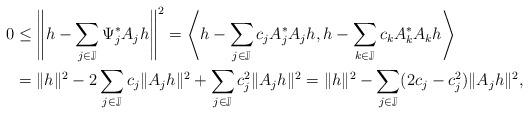
LaTeX: \begin{align*} 0&\leq \left\|h-\sum_{j\in \mathbb{J}} \Psi_j^*A_jh\right\|^2 = \left\langle h-\sum_{j\in \mathbb{J}}c_jA_j^*A_jh, h-\sum_{k\in \mathbb{J}}c_kA_k^*A_kh\right\rangle \\ &=\|h\|^2-2\sum_{j\in \mathbb{J}}c_j\|A_jh\|^2+\sum_{j\in \mathbb{J}}c^2_j\|A_jh \|^2=\|h\|^2-\sum_{j\in \mathbb{J}}(2c_j-c_j^2)\|A_jh \|^2, \end{align*}